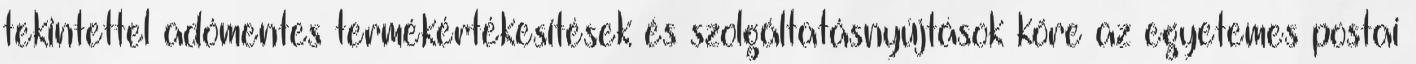
tekintettel adómentes termékértékesítések és szolgáltatásnyújtások köre az egyetemes postai